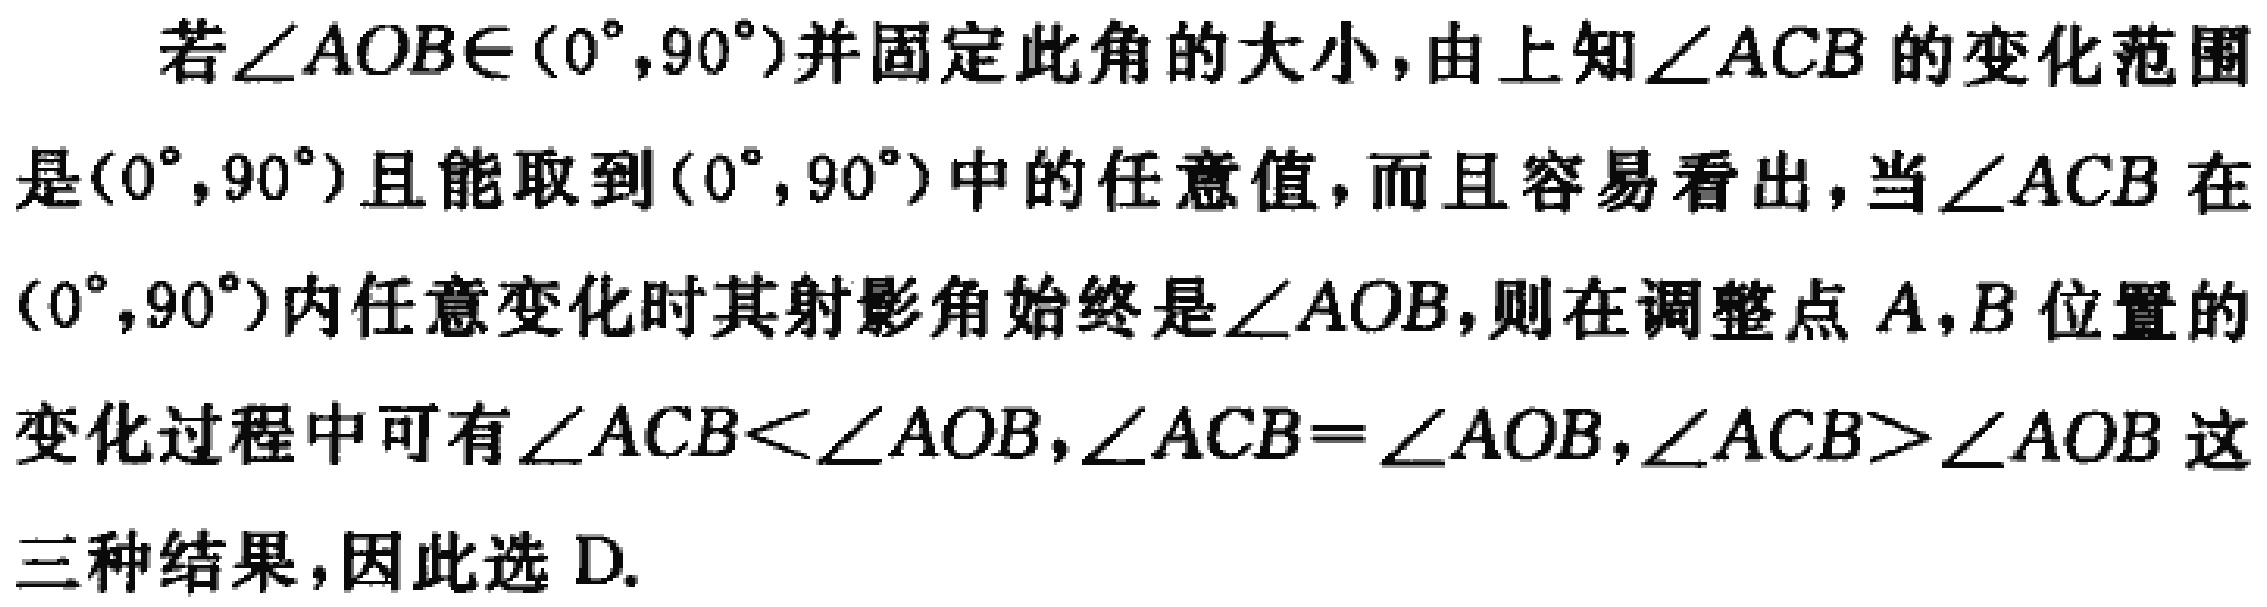
若\(\angle AOB\in(0^{\circ},90^{\circ})\)并固定此角的大小，由上知\(\angle ACB\)的变化范围是\((0^{\circ},90^{\circ})\)且能取到\((0^{\circ},90^{\circ})\)中的任意值，而且容易看出，当\(\angle ACB\)在\((0^{\circ},90^{\circ})\)内任意变化时其射影角始终是\(\angle AOB\)，则在调整点\(A,B\)位置的变化过程中可有\(\angle ACB<\angle AOB\)，\(\angle ACB = \angle AOB\)，\(\angle ACB>\angle AOB\)这三种结果，因此选D.